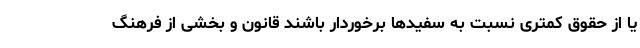
یا از حقوق کمتری نسبت به سفیدها برخوردار باشند قانون و بخشی از فرهنگ